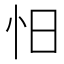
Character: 𰑃